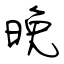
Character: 晚